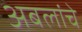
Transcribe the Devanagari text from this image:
अबलांचे